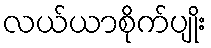
လယ်ယာစိုက်ပျိုး